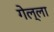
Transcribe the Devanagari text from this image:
गेल्ला